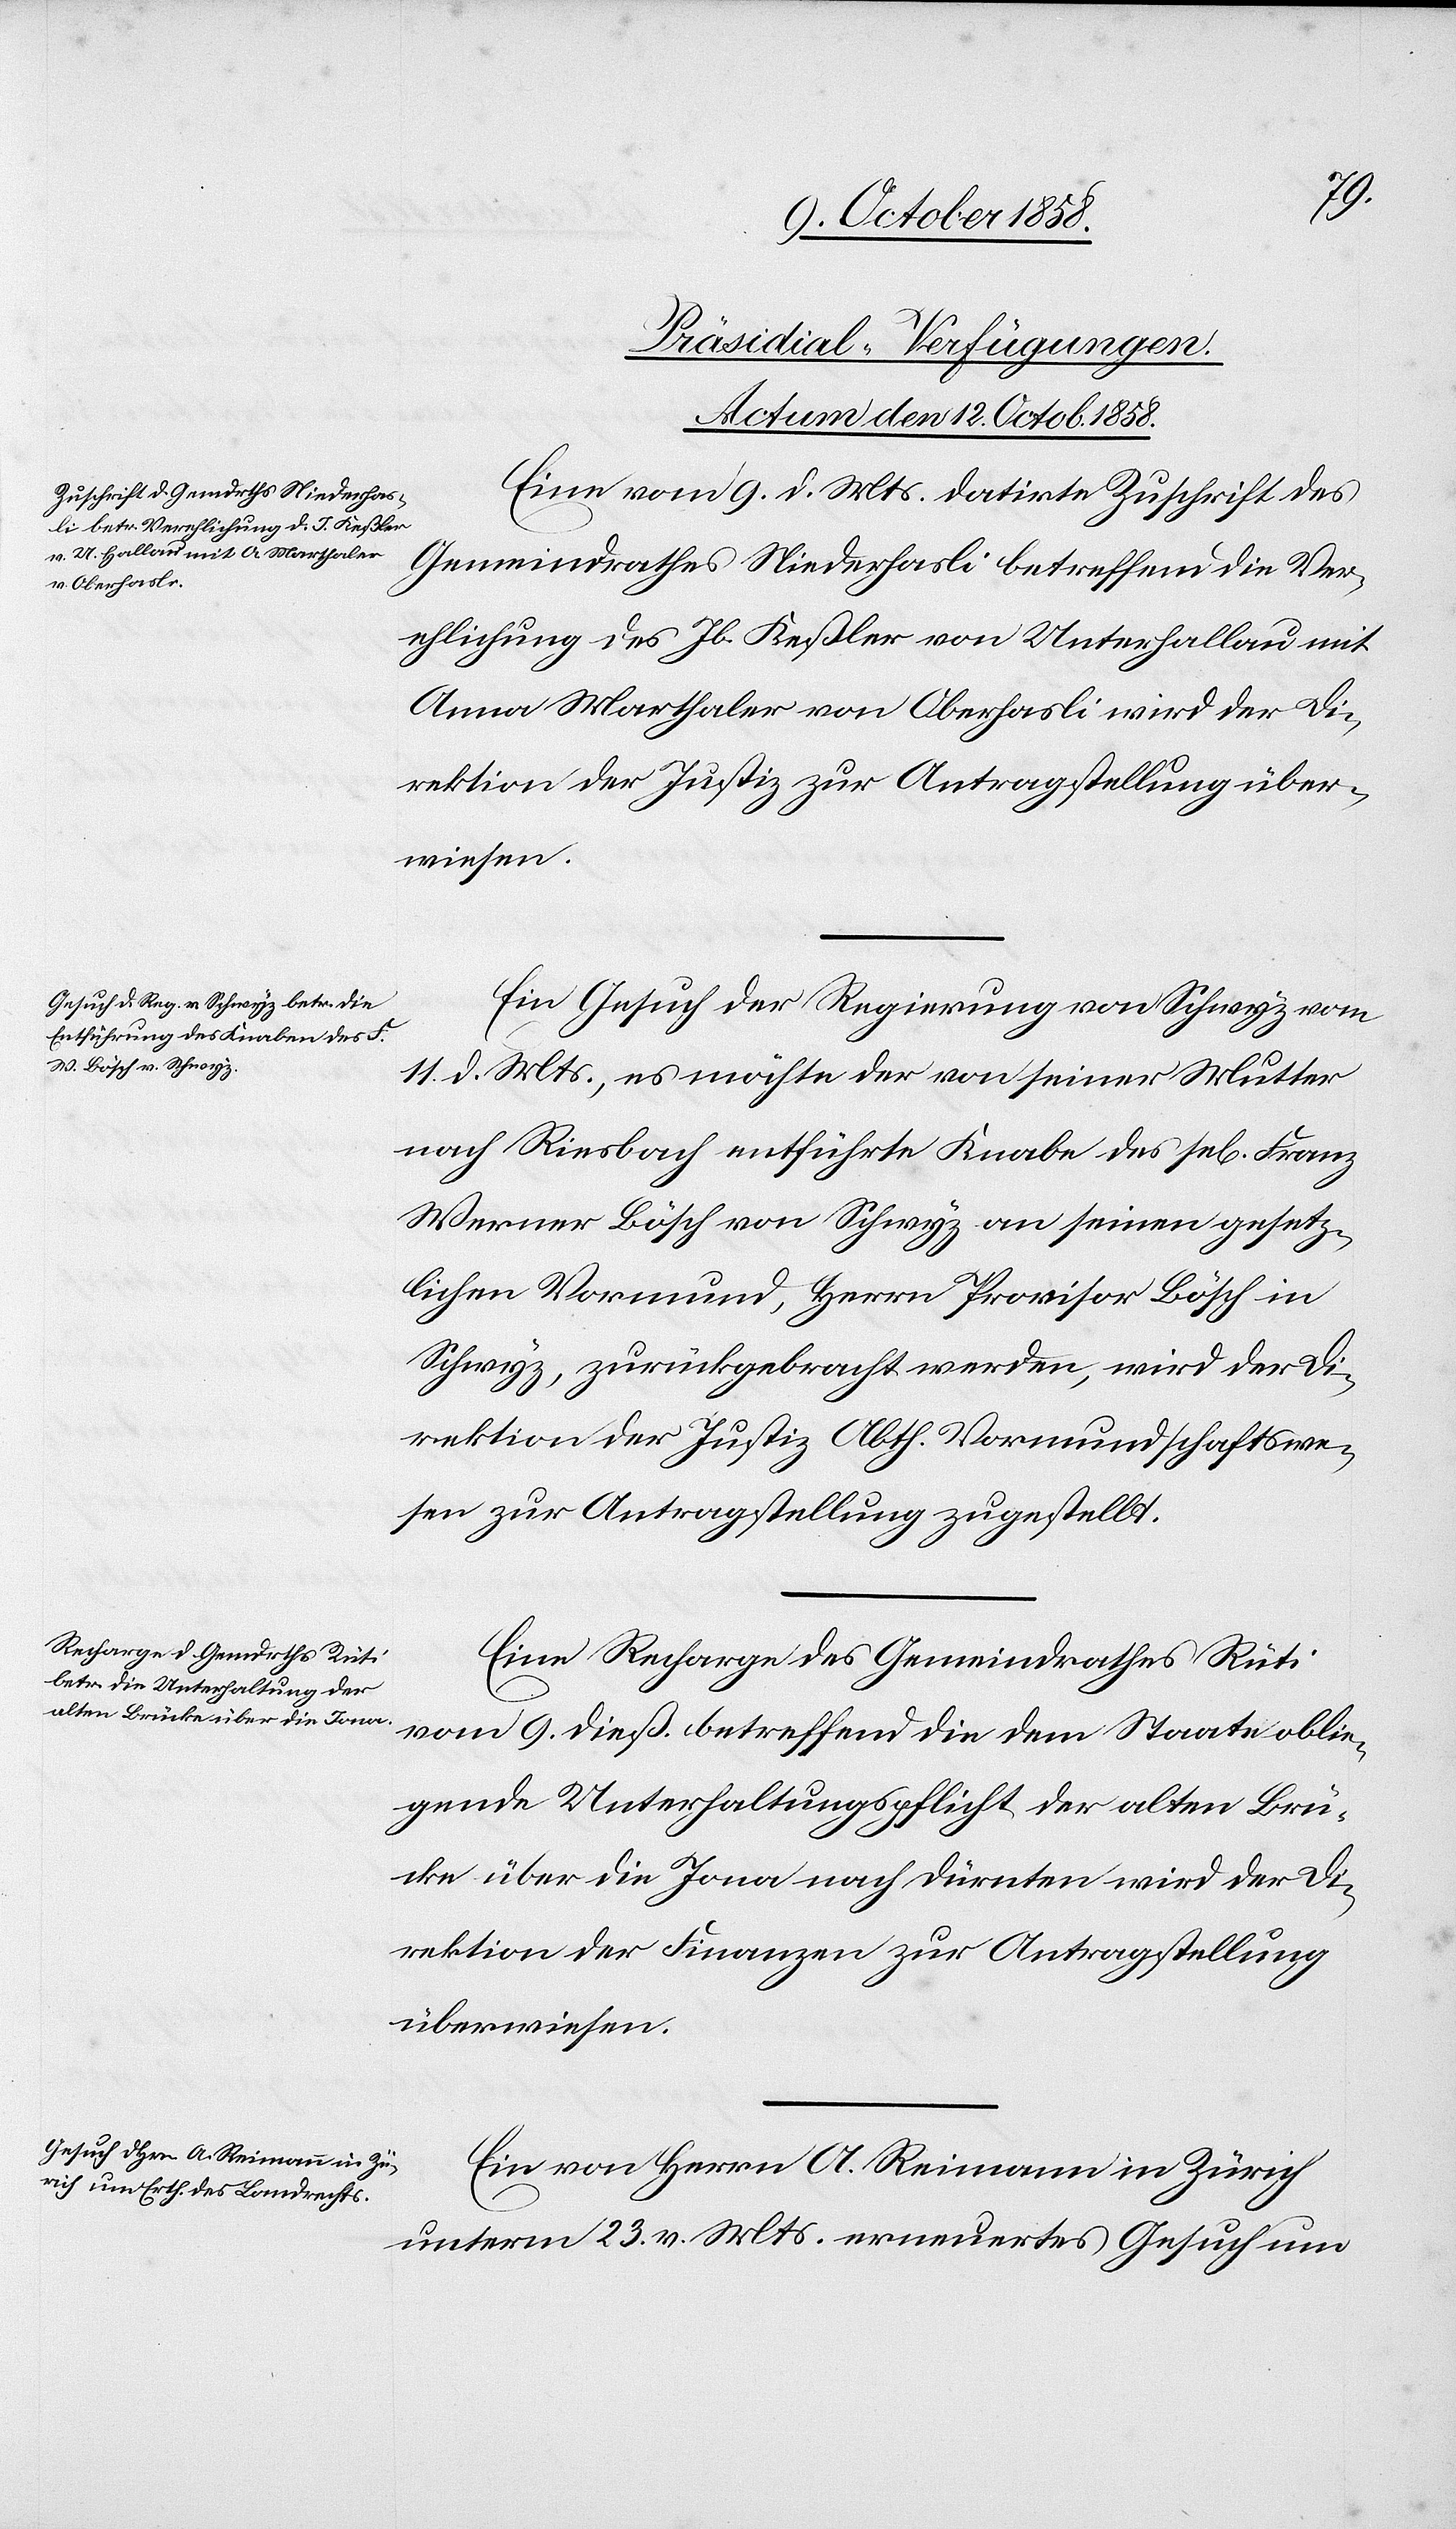
[Präsidial-Verfügungen.
Actum den 12. Octob. 1858.]
Eine vom 9. d. Mts. datirte Zuschrift des
Gemeindrathes Niederhasli betreffend die Ver¬
ehlichung des Jb. Keßler von Unterhallau mit
Anna Marthaler von Oberhasli wird der Di¬
rektion der Justiz zur Antragstellung über¬
wiesen.
Ein Gesuch der Regierung von Schwyz vom
11. d. Mts., es möchte der von seiner Mutter
nach Riesbach entführte Knabe des sel[igen]
Werner Bösch von Schwyz an seinen gesetz¬
lichen Vormund, Herrn Provisor Bösch in
Schwyz, zurückgebracht werden, wird der Di¬
rektion der Justiz Abth. Vormundschaftswe¬
sen zur Antragstellung zugestellt.
Eine Recharge des Gemeindrathes Rüti
vom 9. dieß betreffend die dem Staate oblie¬
gende Unterhaltungspflicht der alten Brü¬
cke über die Jona nach Dürnten wird der Di¬
rektion der Finanzen zur Antragstellung
überwiesen.
Ein von Herrn A. Reimann in Zürich
unterm 23. v. Mts. erneuertes Gesuch um